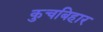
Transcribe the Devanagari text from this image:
कुचबिहार